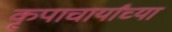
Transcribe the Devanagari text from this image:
कृपाचार्यांच्या